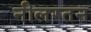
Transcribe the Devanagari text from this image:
नीलरतन